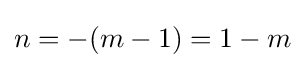
n=-(m-1)=1-m